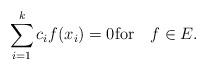
LaTeX: \begin{align*}\sum_{i=1}^k c_i f(x_i) = 0{\rm for}~~~f\in E.\end{align*}